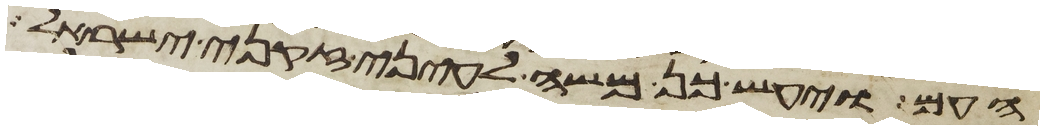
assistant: העם ויעש כן משה לעיני זקני ישראל